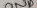
Text: GND